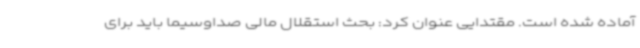
آماده شده است. مقتدایی عنوان کرد: بحث استقلال مالی صداوسیما باید برای